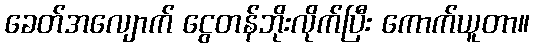
ခေတ်အလျောက် ငွေတန်ဘိုးလိုက်ပြီး ကောက်ယူတာ။